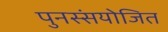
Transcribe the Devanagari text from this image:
पुनस्संयोजित